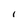
Character: i